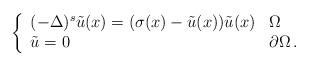
LaTeX: \begin{align*}\left\{\begin{array}{ll}(-\Delta)^s\tilde u(x)=(\sigma(x)-\tilde u(x))\tilde u(x)& \Omega\\\tilde u=0 & \partial\Omega\,.\end{array}\right.\end{align*}